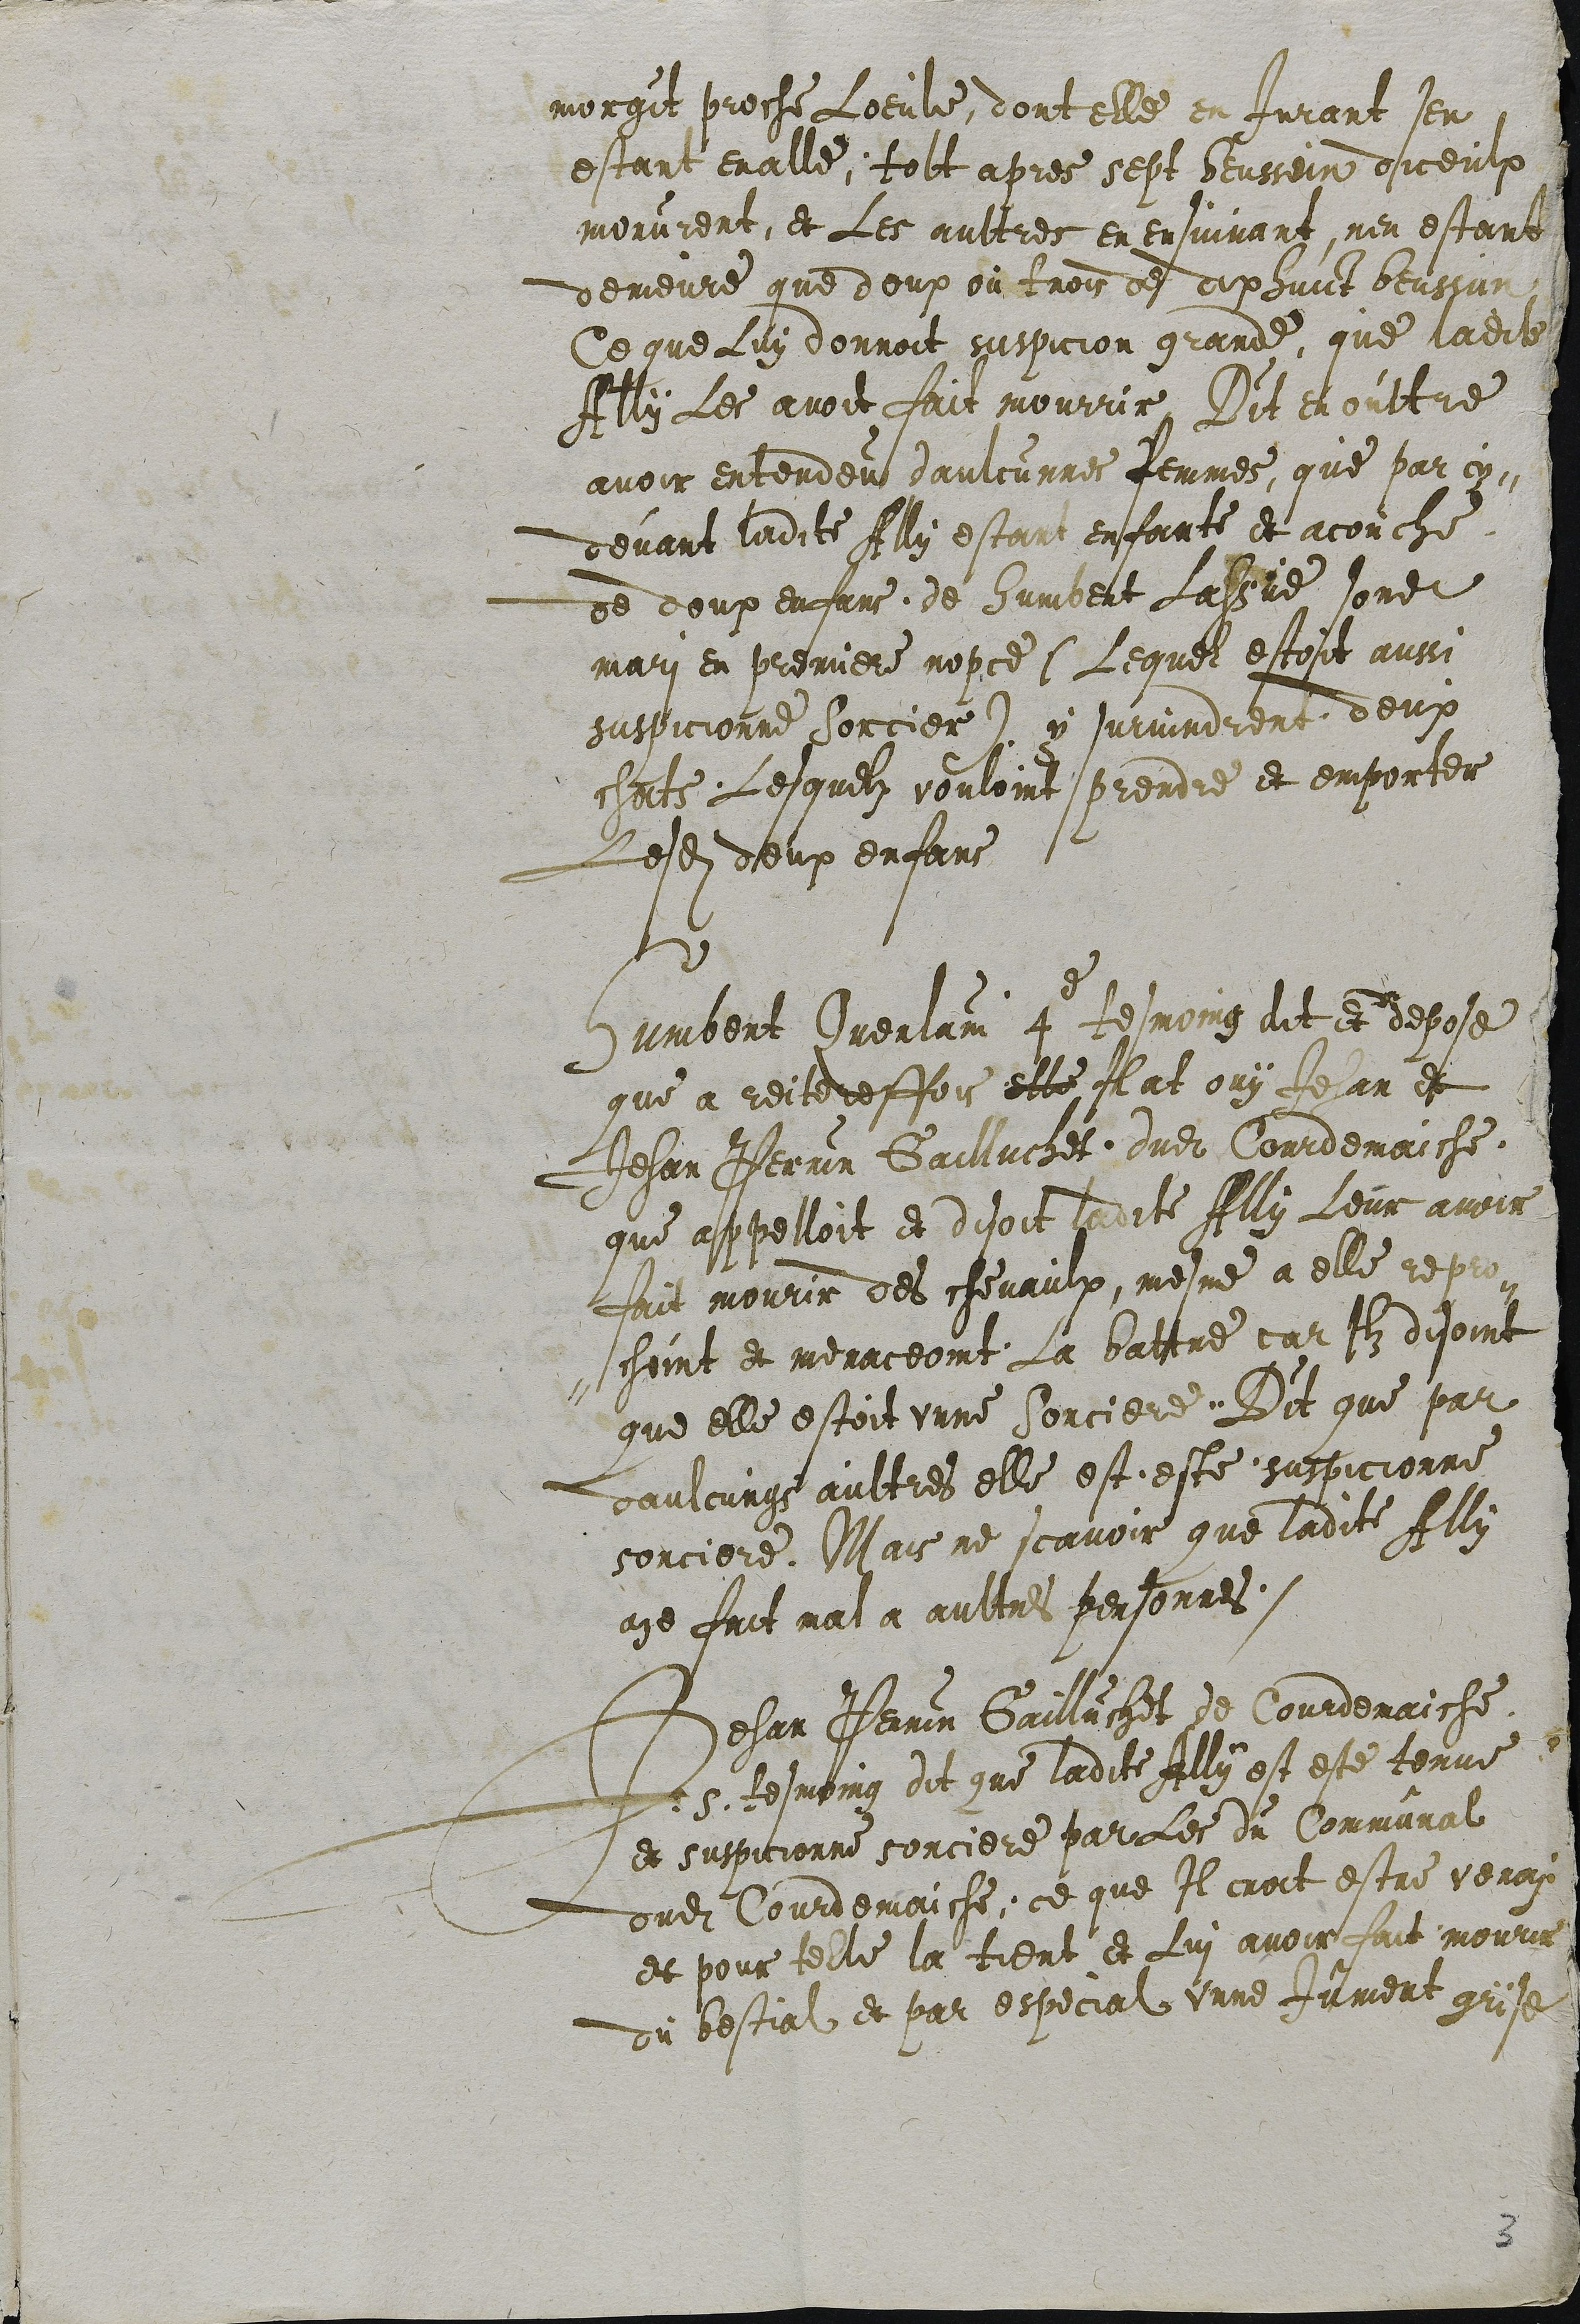
morgit proche Loeule, dont elle en Jurant sen
estant enalle; tolt apres sept beussein diceulx
morurent, et Les aultres en ensuivant, nen estant
demeure que deux où trois de dix huict beussein
Ce que Luy donnoit suspicion grande, que ladite
Ally Les avoit fait mourrir Dit en oultre
avoir entendeu daulcunnes Femmes, que par cy-
devant ladite Ally estant enfante et acouche
de deux enfans de Humbert Lassue sondit
mari en premiere nopce (Lequel estoit aussi
suspicionne Sorcier) y survindrent deux
chats Lesquelz vouloint prendre et emporter
Lesdits deux enfans

Humbert Querlain 4e tesmoing dit et depose
que a reiteresfois elle Il at ouy Jehan et
Jehan Perrin Gailluchet dudit Courdemaiche
que appelloit et disoit ladite Ally Leur avoir
fait mourir des chevaulx, mesme a elle repro-
-choint et menaceoint La battre car Ilz disoint
que elle estoit unne Sorciere. Dit que par
daulcungs aultres elle est este suspicionne
sorciere. Mais ne scavoir que ladite Ally
aie fait mal a aultres personnes.
Jehan Perrin Gailluchet de Courdemaiche
.5. tesmoing dit que ladite Ally est este tenue
et suspicionne sorciere par Les du Communal
dudit Courdemaiche, ce que Il croit estre verai
et pour telle la tient et Lui avoir fait mourir
du bestial et par especial unne Jument grise

3